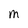
Character: M